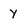
Character: y